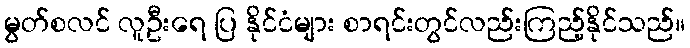
မွတ်စလင် လူဦးရေ ပြ နိုင်ငံများ စာရင်းတွင်လည်းကြည့်နိုင်သည်။